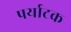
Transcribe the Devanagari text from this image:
पर्याटक